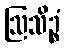
ဩသိဉ္စံ